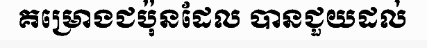
គម្រោងជប៉ុនដែល បានជួយដល់